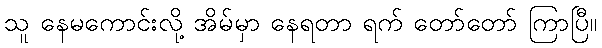
သူ နေမကောင်းလို့ အိမ်မှာ နေရတာ ရက် တော်တော် ကြာပြီ။